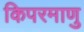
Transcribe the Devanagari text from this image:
किपरमाणु